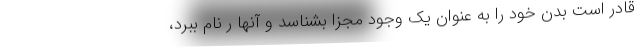
قادر است بدن خود را به عنوان یک وجود مجزا بشناسد و آنها ر نام ببرد،